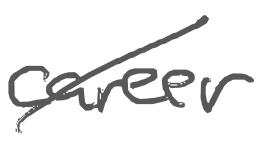
Text: career
Cross-out: diagonal
Writing tool: digital_gray